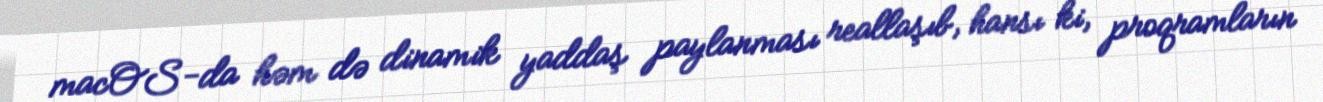
macOS-da həm də dinamik yaddaş paylanması reallaşıb, hansı ki, proqramların